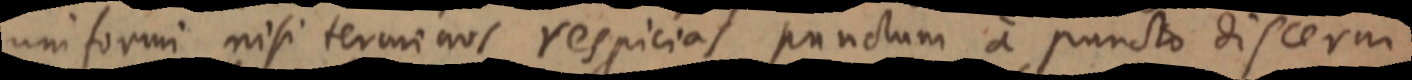
uniformi nisi terminos respicias punctum a puncto discerni